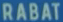
RABAT